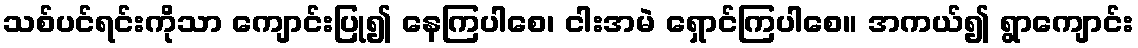
သစ်ပင်ရင်းကိုသာ ကျောင်းပြု၍ နေကြပါစေ၊ ငါးအမဲ ရှောင်ကြပါစေ။ အကယ်၍ ရွာကျောင်း